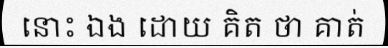
នោះ ឯង ដោយ គិត ថា គាត់